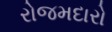
રોજમદારો